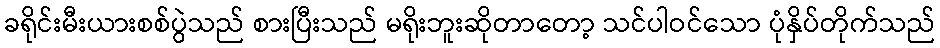
ခရိုင်းမီးယားစစ်ပွဲသည် စားပြီးသည် မရိုးဘူးဆိုတာတော့ သင်ပါဝင်သော ပုံနှိပ်တိုက်သည်